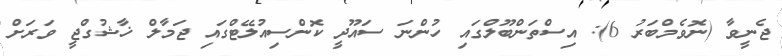
ޖެނީވާ (ނޮވެމްބަރު 6): އިސްތަންބޫލްގައި ހުންނަ ސައޫދީ ކޮންސިއުލޭޓްގައި ޖަމާލް ޚާޝުގްޖީ ވަރަށް